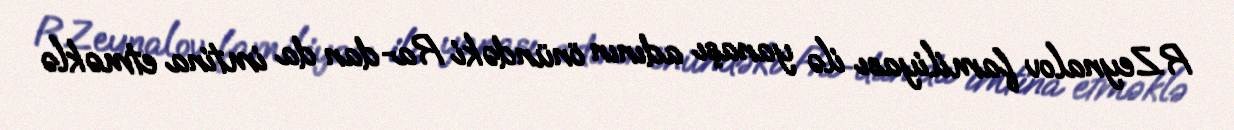
R.Zeynalov familiyası ilə yanaşı adının önündəki Ra-dan da imtina etməklə